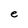
Character: e